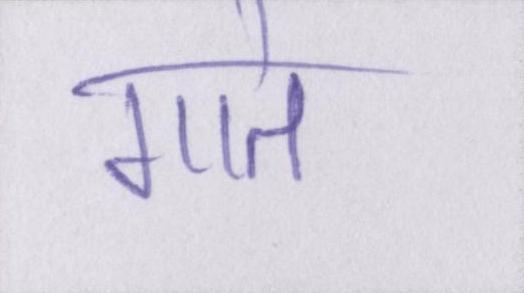
गाते